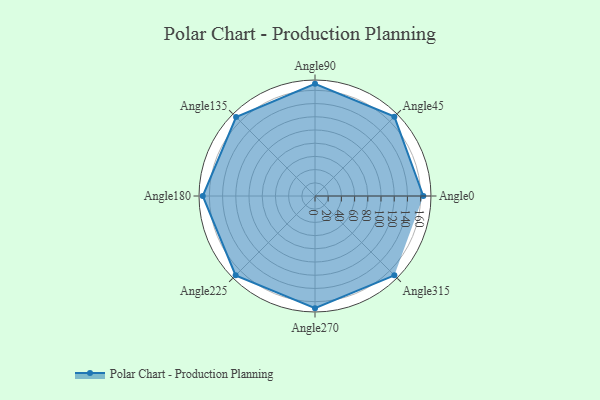
{"axis": {"x": "Angle", "y": "Radius"}, "legend": [""], "data": [{"x": "Angle0", "y": 164.0, "type": ""}, {"x": "Angle45", "y": 170.0, "type": ""}, {"x": "Angle90", "y": 170, "type": ""}, {"x": "Angle135", "y": 169.0, "type": ""}, {"x": "Angle180", "y": 170, "type": ""}, {"x": "Angle225", "y": 170, "type": ""}, {"x": "Angle270", "y": 170, "type": ""}, {"x": "Angle315", "y": 170, "type": ""}]}